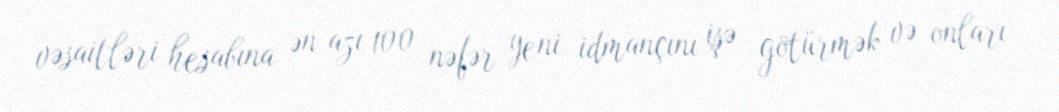
vəsaitləri hesabına ən azı 100 nəfər yeni idmançını işə götürmək və onları